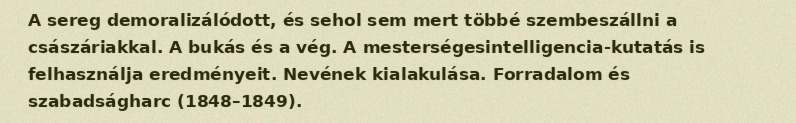
A sereg demoralizálódott, és sehol sem mert többé szembeszállni a császáriakkal. A bukás és a vég. A mesterségesintelligencia-kutatás is felhasználja eredményeit. Nevének kialakulása. Forradalom és szabadságharc (1848–1849).